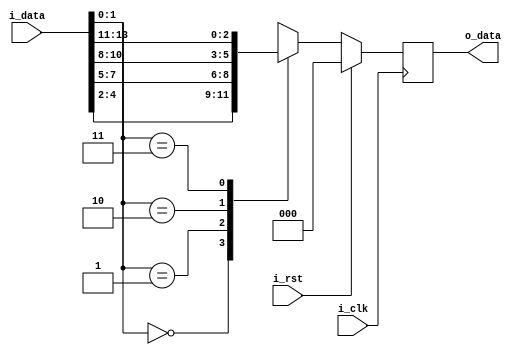
module problem6(
    input [15:0] i_data,
    input i_rst,
    input i_clk,
    output reg [2:0] o_data
);

    // MUX
    wire [2:0] w_0;
    function [2:0] mux_function(
        input [15:0] i_data_input
    );
    begin
        case (i_data_input[1:0])
        2'b00 : mux_function = i_data_input[4:2];
        2'b01 : mux_function = i_data_input[7:5];
        2'b10 : mux_function = i_data_input[10:8];
        2'b11 : mux_function = i_data_input[13:11];
        default : mux_function = 3'b000;
        endcase
    end
    endfunction
    assign w_0 = mux_function(i_data);


    // MUX
    always @(posedge i_clk) begin
        if (i_rst) begin
            o_data <= 3'b000;
        end else begin
            o_data <= w_0;
        end
    end
endmodule